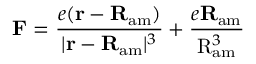
{ \bf F } = \frac { e ( { \bf r } - { \bf R } _ { \mathrm { a m } } ) } { | { \bf r } - { \bf R } _ { \mathrm { a m } } | ^ { 3 } } + \frac { e \mathbf { R } _ { \mathrm { a m } } } { \mathrm { R } _ { \mathrm { a m } } ^ { 3 } }